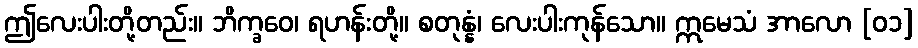
ဤလေးပါးတို့တည်း။ ဘိက္ခဝေ၊ ရဟန်းတို့။ စတုန္နံ၊ လေးပါးကုန်သော။ ဣမေသံ အာလော [၀၁]